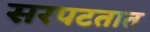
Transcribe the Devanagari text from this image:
सरपटतात